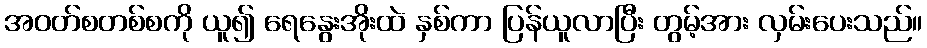
အဝတ်စတစ်စကို ယူ၍ ရေနွေးအိုးထဲ နှစ်ကာ ပြန်ယူလာပြီး တွမ့်အား လှမ်းပေးသည်။